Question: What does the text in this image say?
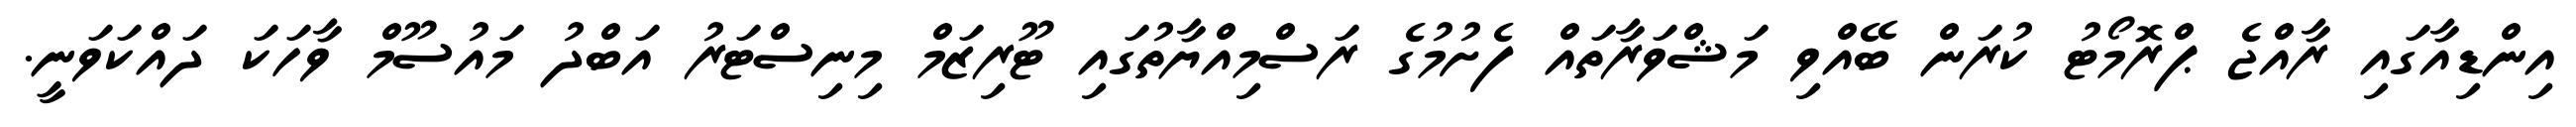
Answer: އިންޑިއާގައި ރާއްޖެ ޕްރޮމޯޓު ކުރަން ބޭއްވި މަޝްވަރާތައް ފެށުމުގެ ރަސްމިއްޔާތުގައި ޓޫރިޒަމް މިނިސްޓަރު އަބްދު މައުސޫމް ވާހަކަ ދައްކަވަނީ.